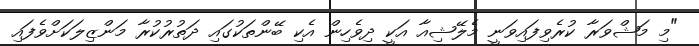
"މި މަޝްވަރާ ކުރެވިފައިވަނީ މެލޭޝިއާ އަކީ ދިވެހިން އެކި ބޭންތަކުގައި ދަތުރުކުރާ މަންޒިލަކަށްވެފައި